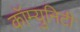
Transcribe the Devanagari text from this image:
कॉम्युनिटी